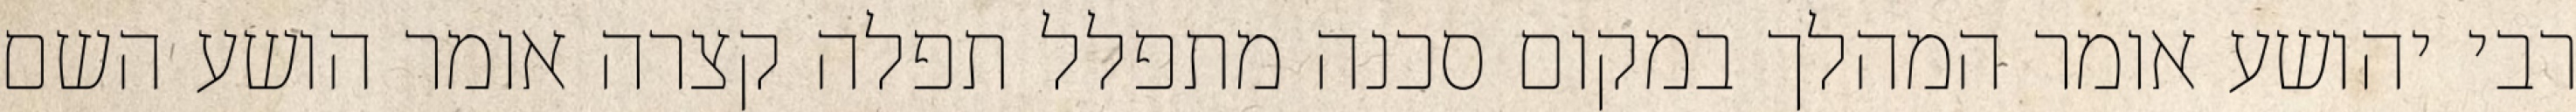
רבי יהושע אומר המהלך במקום סכנה מתפלל תפלה קצרה אומר הושע השם